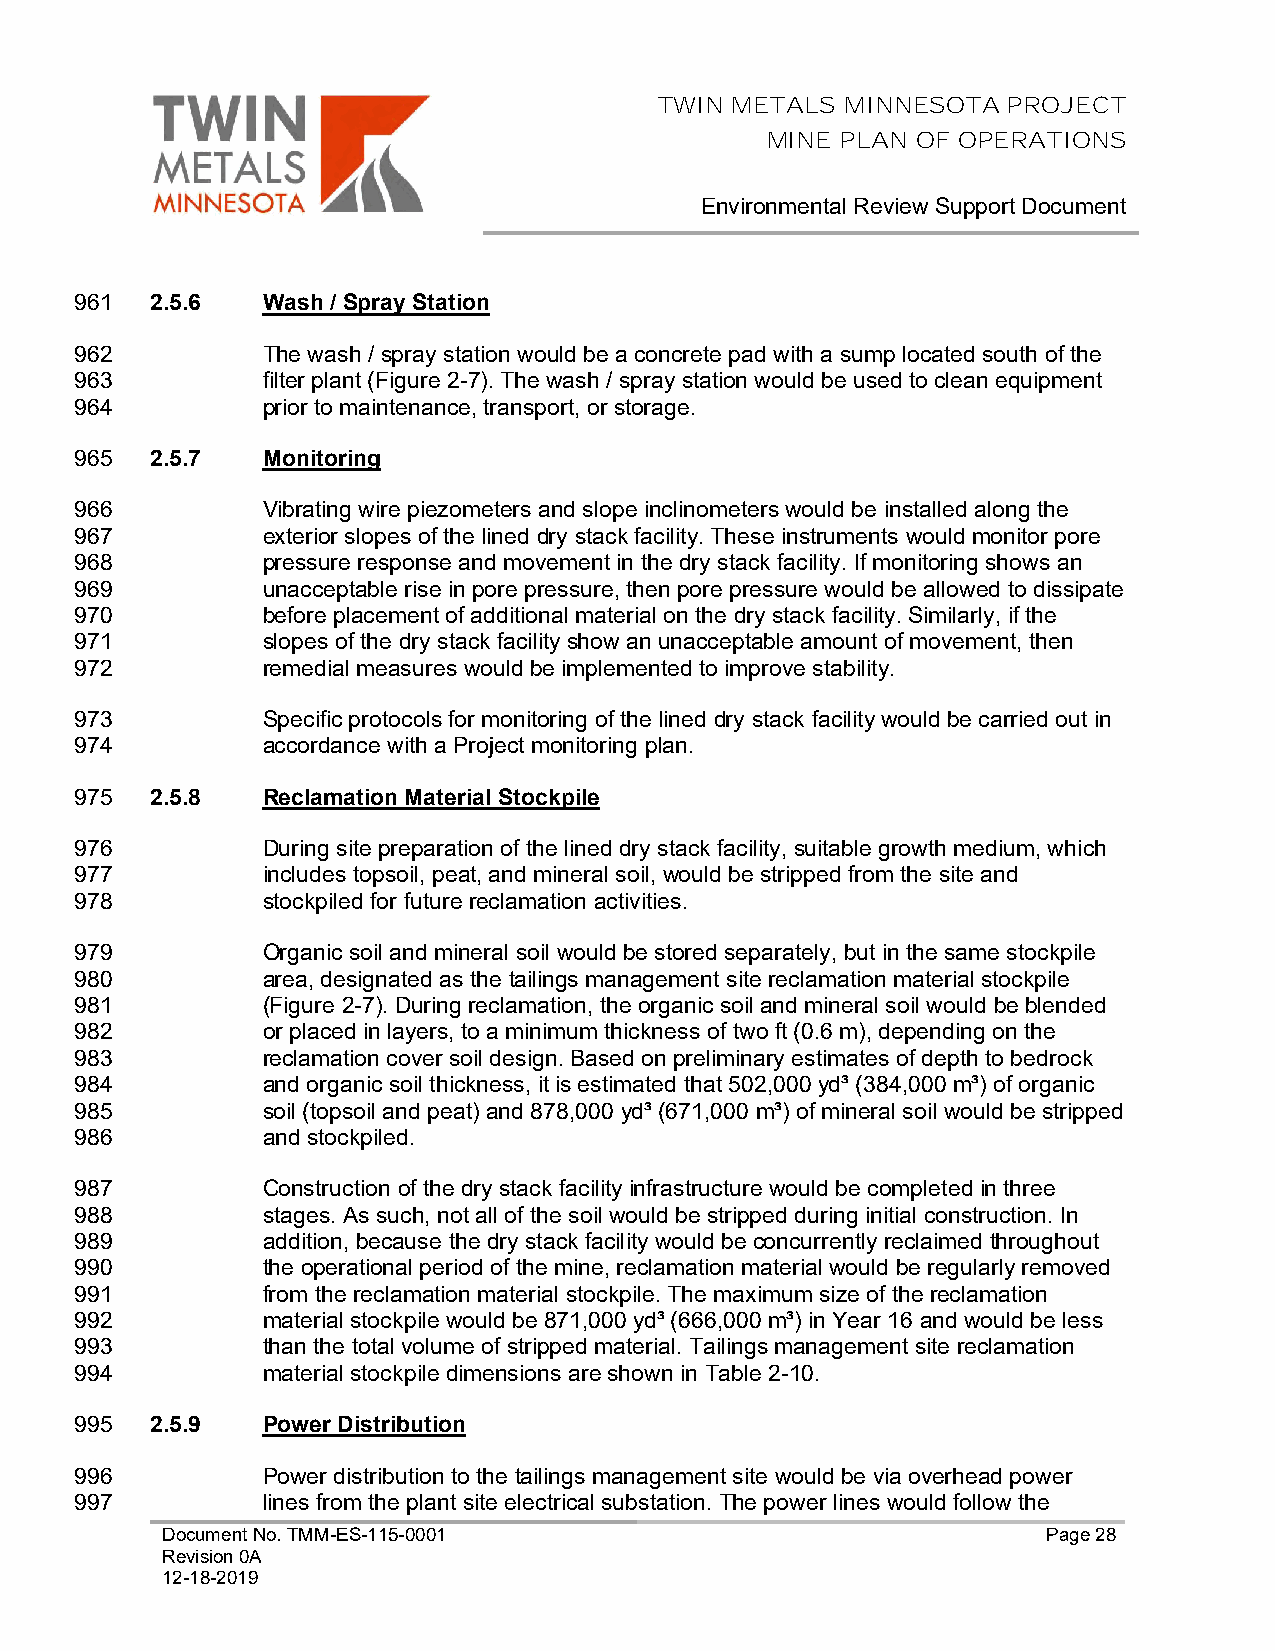
TWIN METALS MINNESOTA  PROJECT
 MINE PLAN OF OPERATIONS
 Environmental Review Support Document
 961  2.5.6  Wash / Spray Station
 962         The wash / spray station would be a concrete pad with a sump located south of the
 963         filter plant (Figure 2-7). The wash / spray station would be used to clean equipment
 964         prior to maintenance, transport, or storage.
 965  2.5.7  Monitoring
 966         Vibrating wire piezometers and slope inclinometers would be installed along the
 967         exterior slopes of the lined dry stack facility. These instruments would monitor pore
 968         pressure response and movement in the dry stack facility. If monitoring shows an
 969         unacceptable rise in pore pressure, then pore pressure would be allowed to dissipate
 970         before placement of additional material on the dry stack facility. Similarly, if the
 971         slopes of the dry stack facility show an unacceptable amount of movement, then
 972         remedial measures would be implemented to improve stability.
 973         Specific protocols for monitoring of the lined dry stack facility would be carried out in
 974         accordance with a Project monitoring plan.
 975  2.5.8  Reclamation Material Stockpile
 976         During site preparation of the lined dry stack facility, suitable growth medium, which
 977         includes topsoil, peat, and mineral soil, would be stripped from the site and
 978         stockpiled for future reclamation activities.
 979         Organic soil and mineral soil would be stored separately, but in the same stockpile
 980         area, designated as the tailings management site reclamation material stockpile
 981         (Figure 2-7). During reclamation, the organic soil and mineral soil would be blended
 982         or placed in layers, to a minimum thickness of two ft (0.6 m), depending on the
 983         reclamation cover soil design. Based on preliminary estimates of depth to bedrock
 984         and organic soil thickness, it is estimated that 502,000 yd³ (384,000 m³) of organic
 985         soil (topsoil and peat) and 878,000 yd³ (671,000 m³) of mineral soil would be stripped
 986         and stockpiled.
 987         Construction of the dry stack facility infrastructure would be completed in three
 988         stages. As such, not all of the soil would be stripped during initial construction. In
 989         addition, because the dry stack facility would be concurrently reclaimed throughout
 990         the operational period of the mine, reclamation material would be regularly removed
 991         from the reclamation material stockpile. The maximum size of the reclamation
 992         material stockpile would be 871,000 yd³ (666,000 m³) in Year 16 and would be less
 993         than the total volume of stripped material. Tailings management site reclamation
 994         material stockpile dimensions are shown in Table 2-10.
 995  2.5.9  Power Distribution
 996         Power distribution to the tailings management site would be via overhead power
 997         lines from the plant site electrical substation. The power lines would follow the
 Document No. TMM-ES-115-0001                              Page 28
 Revision 0A
 12-18-2019